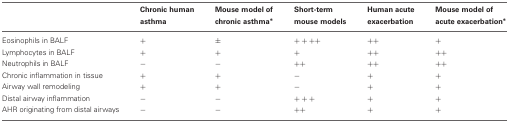
<table><thead><tr><td></td><td><b>Chronic human asthma</b></td><td><b>Mouse model of chronic asthma<sup>*</sup></b></td><td><b>Short-term mouse models</b></td><td><b>Human acute exacerbation</b></td><td><b>Mouse model of acute exacerbation<sup>*</sup></b></td></tr></thead><tbody><tr><td>Eosinophils in BALF</td><td>+</td><td>±</td><td>++++</td><td>++</td><td>+</td></tr><tr><td>Lymphocytes in BALF</td><td>+</td><td>+</td><td>+</td><td>++</td><td>++</td></tr><tr><td>Neutrophils in BALF</td><td>−</td><td>−</td><td>++</td><td>++</td><td>++</td></tr><tr><td>Chronic inflammation in tissue</td><td>+</td><td>+</td><td>−</td><td>+</td><td>+</td></tr><tr><td>Airway wall remodeling</td><td>+</td><td>+</td><td>−</td><td>+</td><td>+</td></tr><tr><td>Distal airway inflammation</td><td>−</td><td>−</td><td>+++</td><td>+</td><td>+</td></tr><tr><td>AHR originating from distal airways</td><td>−</td><td>−</td><td>++</td><td>+</td><td>+</td></tr></tbody></table>